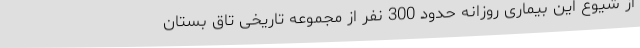
از شیوع این بیماری روزانه حدود 300 نفر از مجموعه تاریخی تاق بستان